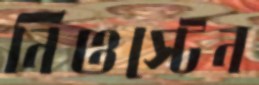
নিওস্টেন